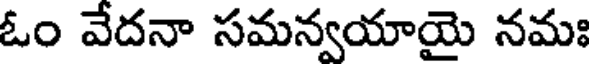
ఓం వేదనా సమన్వయాయై నమః